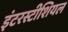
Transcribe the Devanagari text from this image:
इंटरस्टीशियल